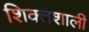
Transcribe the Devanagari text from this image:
शिक्तशाली